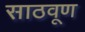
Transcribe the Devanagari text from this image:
साठवूण